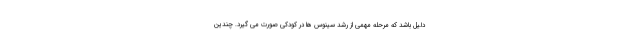
دلیل باشد که مرحله مهمی از رشد سینوس ها در کودکی صورت می گیرد. چندین